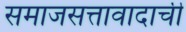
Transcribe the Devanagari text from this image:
समाजसत्तावादाची